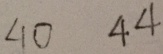
\angle 1 0 4 4